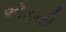
એડની